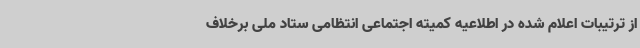
از ترتیبات اعلام شده در اطلاعیه کمیته اجتماعی انتظامی ستاد ملی برخلاف